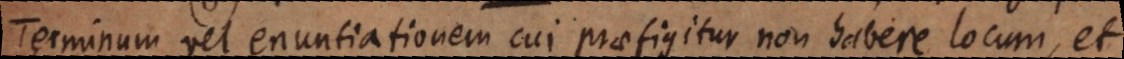
Terminum vel enuntiationem cui praefigitur non habere locum, et